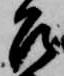
召